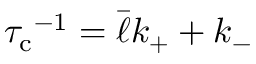
{ \tau _ { \mathrm { c } } } ^ { - 1 } = \bar { \ell } k _ { + } + k _ { - }